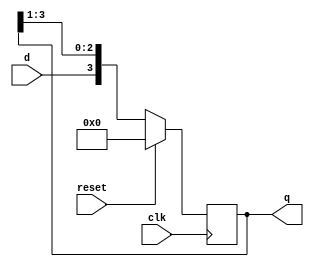
`timescale 1ns / 1ps
//////////////////////////////////////////////////////////////////////////////////
// Company: 
// Engineer: 
// 
// Design Name: 
// Module Name: SIPO
// Project Name: 
// Target Devices: 
// Tool Versions: 
// Description: 
// 
// Dependencies: 
// 
// Revision:
// Revision 0.01 - File Created
// Additional Comments:
// 
//////////////////////////////////////////////////////////////////////////////////


module SIPO(
    
    input clk,reset,d,
    output reg [3:0] q
    );
    
    reg [3:0] temp; // Temporary register
    always @ (posedge clk) 
        if ( reset ==1)
            q = 4'b0000;
        else begin
            temp = q>>1;
            q = {d, temp [2:0]}; // Concatinating 
        end
endmodule